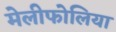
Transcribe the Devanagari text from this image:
मेलीफोलिया